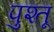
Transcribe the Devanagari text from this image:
पुश्‍तू